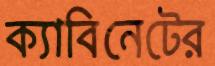
ক্যাবিনেটের